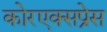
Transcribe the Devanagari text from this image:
कोरएक्सप्रेस